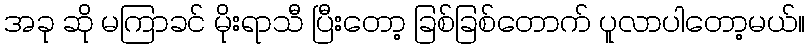
အခု ဆို မကြာခင် မိုးရာသီ ပြီးတော့ ခြစ်ခြစ်တောက် ပူလာပါတော့မယ်။